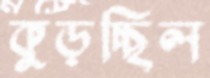
কুড়চ্ছিল